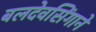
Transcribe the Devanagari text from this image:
बलदेवसिंगाने